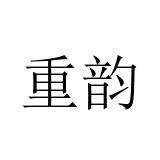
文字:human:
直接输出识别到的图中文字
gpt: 重韵